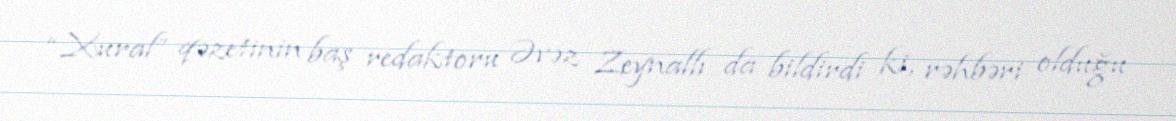
“Xural” qəzetinin baş redaktoru Əvəz Zeynallı da bildirdi ki, rəhbəri olduğu